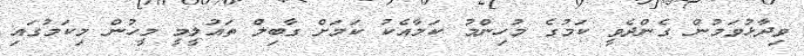
ވިދާޅުވަމުން ގެންދެވީ ކަމުގެ މުހިންމު ކަމާއެކު ކަމަށް ގާބިލް ތައުލީމީ މީހުން މިކަމުގައި